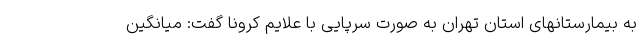
به بیمارستانهای استان تهران به صورت سرپایی با علایم کرونا گفت: میانگین